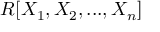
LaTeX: R [ X _ { 1 } , X _ { 2 } , . . . , X _ { n } ]